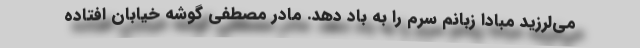
می‌لرزید مبادا زبانم سرم را به باد دهد. مادر مصطفی گوشه خیابان افتاده